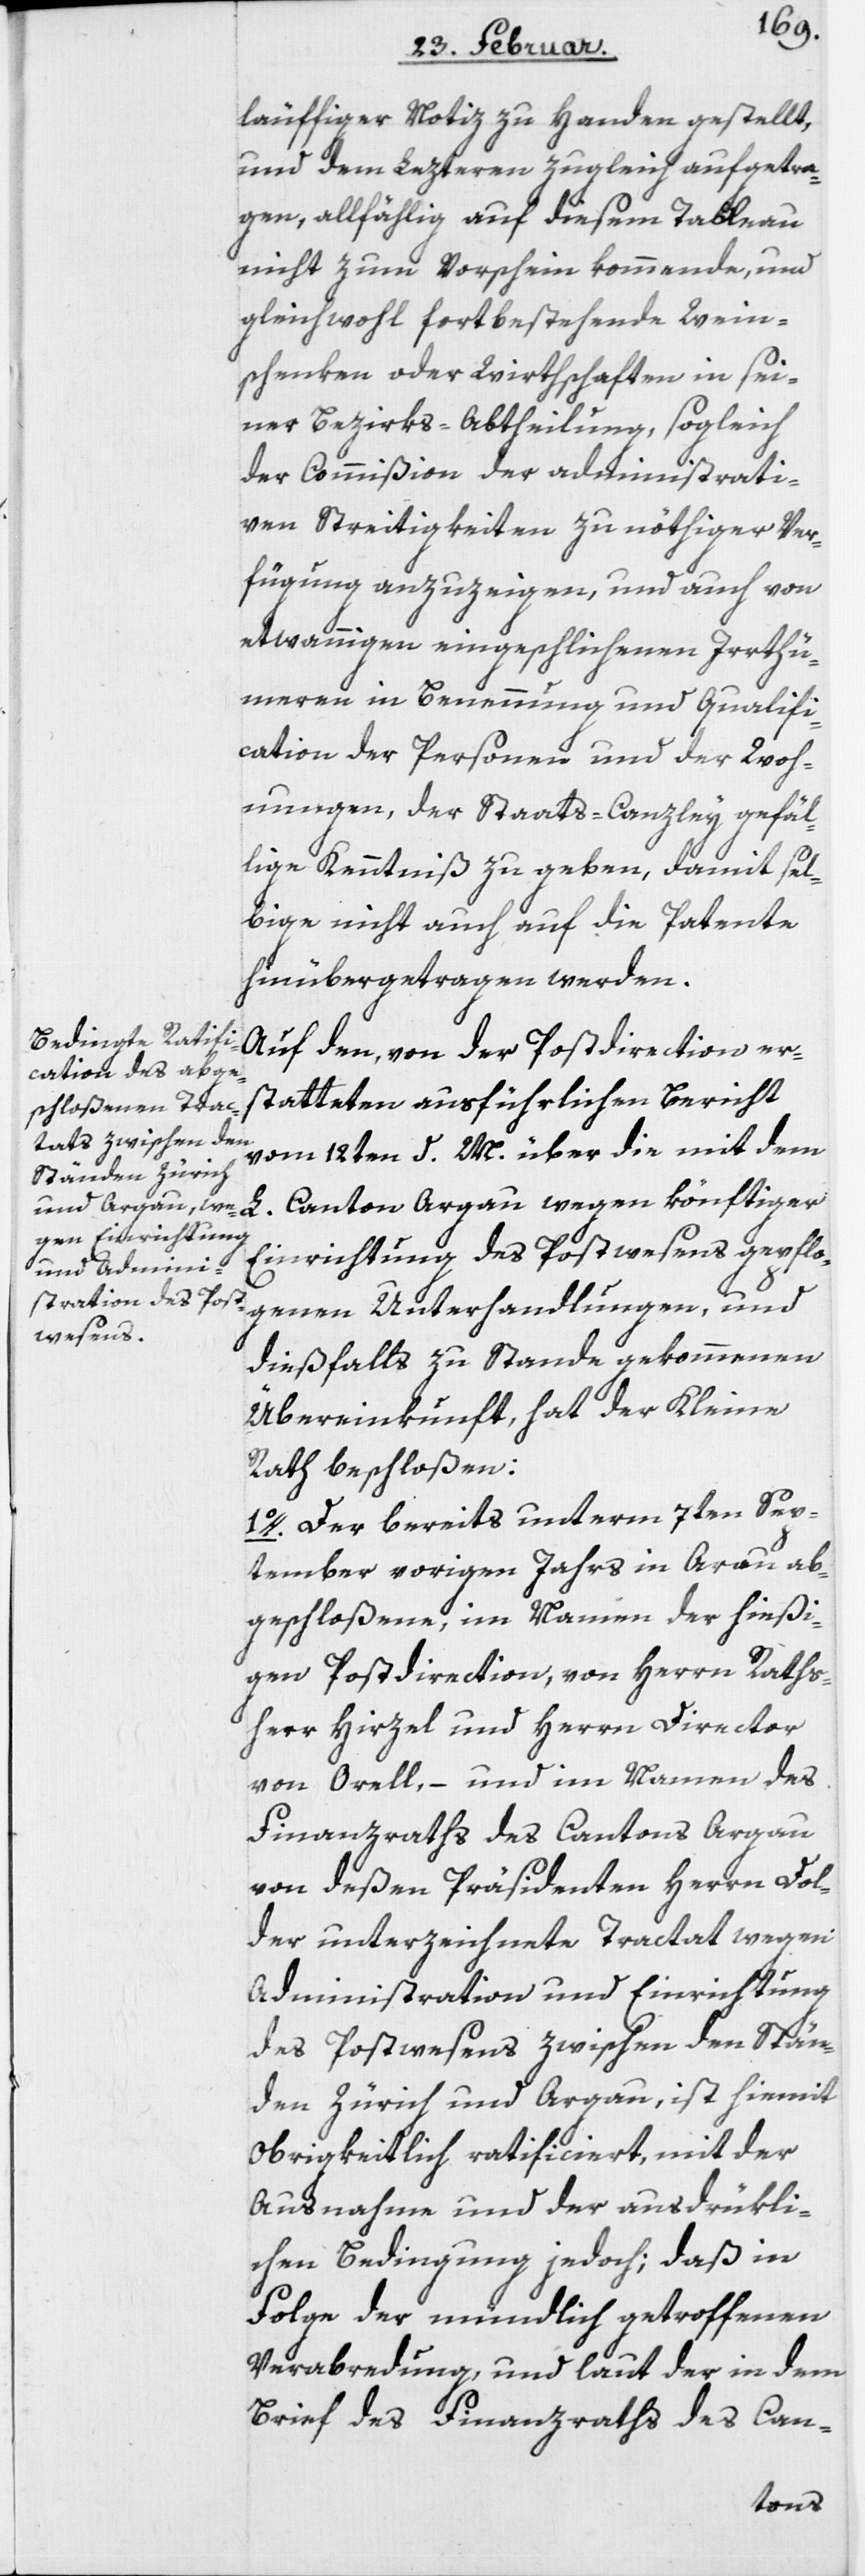
läuffiger Notiz zu Handen gestellt,
und dem Lezteren zugleich aufgetra¬
gen, allfählig auf diesem Tableau
nicht zum Vorschein kommende, und
gleichwohl fortbestehende Wein¬
schenken oder Wirthschaften in sei¬
ner Bezirks-Abtheilung, sogleich
der Commißion der administrati¬
ven Streitigkeiten zu nöthiger Ver¬
fügung anzuzeigen, und auch von
etwannigen eingeschlichenen Irrthü¬
meren in Benennung und Qualifi¬
cation der Personen und der Woh¬
ungen, der Staats-Canzley gefäl¬
lige Kenntniß zu geben, damit sel¬
bige nicht auch auf die Patente
hinübergetragen werden.
Auf den, von der Postdirection er¬
statteten ausführlichen Bericht
vom 12ten d. M. über die mit dem
Einrichtung des Postwesens gepflo¬
genen Unterhandlungen, und
dießfalls zu Stande gekommenen
Übereinkunft, hat der Kleine
Rath beschloßen:
1o. Der bereits unterm 7ten Sep¬
tember vorigen Jahrs in Arau ab¬
geschloßene, im Namen der hießi¬
gen Postdirection, von Herrn Raths¬
herr Hirzel und Herrn Director
von Orell, – und im Namen des
Finanzraths des Cantons Argau
von deßen Präsidenten Herrn Dol¬
der unterzeichnete Tractat wegen
Administration und Einrichtung
des Postwesens zwischen den Stän¬
den Zürich und Argau, ist hiemit
obrigkeitlich ratificiert, mit der
Ausnahme und der ausdrükli¬
chen Bedingung jedoch; daß in
Folge der mündlich getroffenen
Verabredung, und laut der in dem
Brief des Finanzraths des Can-